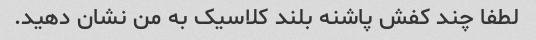
لطفا چند کفش پاشنه بلند کلاسیک به من نشان دهید.